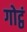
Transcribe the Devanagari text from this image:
गोट्ठं